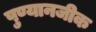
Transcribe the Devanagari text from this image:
पुण्यानजीक